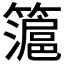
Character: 𱸭